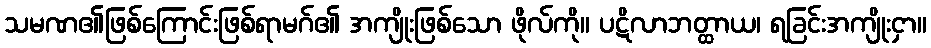
သမဏ၏ဖြစ်ကြောင်းဖြစ်ရာမဂ်၏ အကျိုးဖြစ်သော ဖိုလ်ကို။ ပဋိလာဘတ္ထာယ၊ ရခြင်းအကျိုးငှာ။